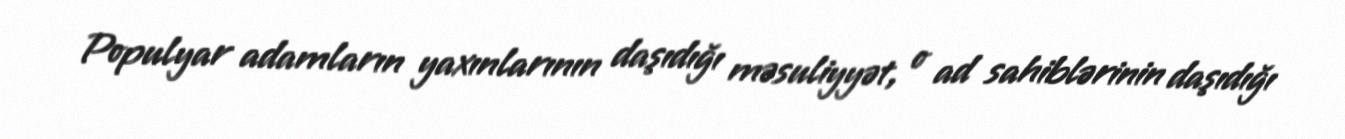
Populyar adamların yaxınlarının daşıdığı məsuliyyət, o ad sahiblərinin daşıdığı